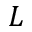
L